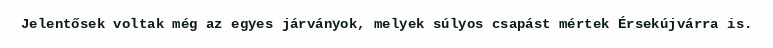
Jelentősek voltak még az egyes járványok, melyek súlyos csapást mértek Érsekújvárra is.